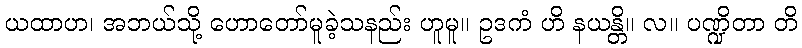
ယထာဟ၊ အဘယ်သို့ ဟောတော်မူခဲ့သနည်း ဟူမူ။ ဥဒကံ ဟိ နယန္တိ။ လ။ ပဏ္ဍိတာ တိ